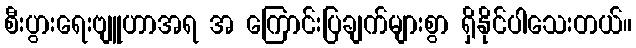
စီးပွားရေးဗျူဟာအရ အ ကြောင်းပြချက်များစွာ ရှိနိုင်ပါသေးတယ်။